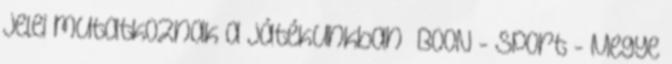
jelei mutatkoznak a játékunkban” BOON - Sport - Megye